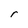
Character: r